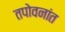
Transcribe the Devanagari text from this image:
तपोवनांत